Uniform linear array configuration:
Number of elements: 4
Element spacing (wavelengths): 0.5
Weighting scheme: hamming
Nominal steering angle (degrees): -30
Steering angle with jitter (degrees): -31.068
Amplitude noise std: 0.05
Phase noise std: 0.05

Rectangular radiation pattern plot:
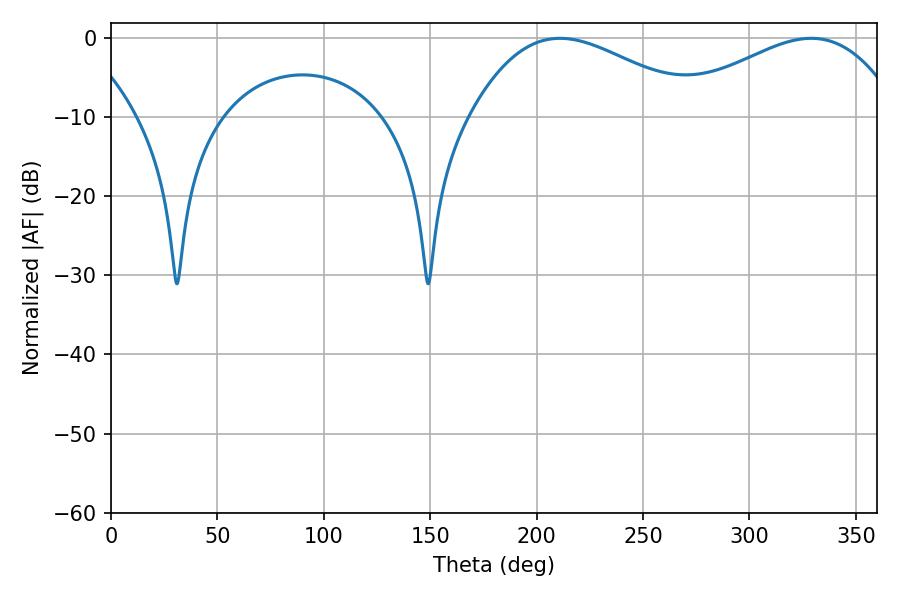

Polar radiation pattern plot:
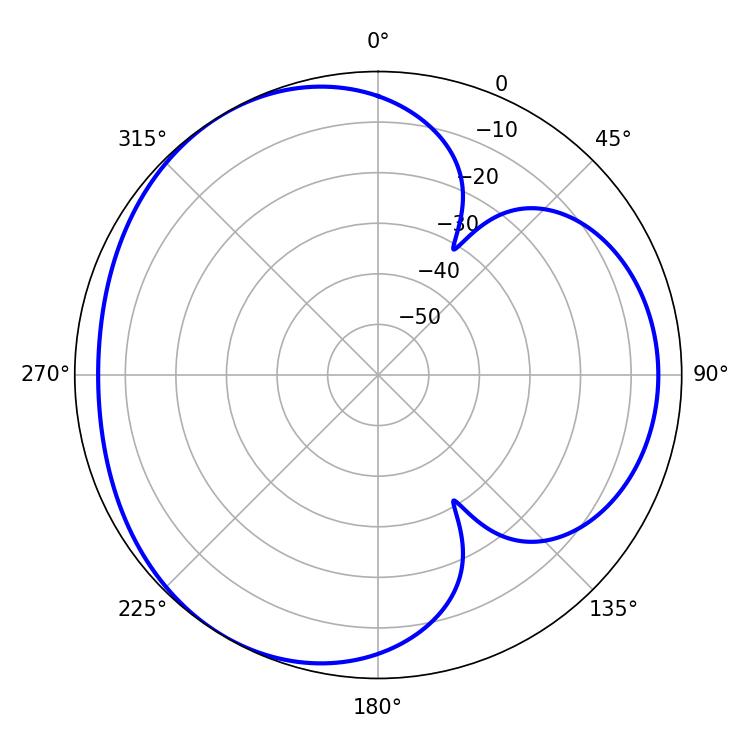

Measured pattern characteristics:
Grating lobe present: FALSE
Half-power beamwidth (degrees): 59.04
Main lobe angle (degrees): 210.96